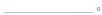
___ 。